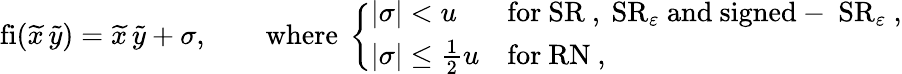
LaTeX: \begin{array}{r}{\mathrm{fi}(\widetilde{x}\, \widetilde{y})=\widetilde{x}\, \widetilde{y}+\sigma,\qquad\mathrm{where}~\left\{ \begin{array}{ll}{\vert\sigma\vert<u}&{\mathrm{for~\mathrm{SR}~,~\mathrm{SR}_\varepsilon~and~signed-~\mathrm{SR}_\varepsilon~},}\\ {\vert\sigma\vert\le\frac{1}{2}u}&{\mathrm{for~\mathrm{RN}~},}\end{array}\right.}\end{array}